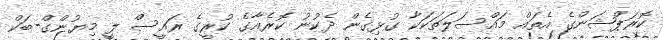
ކޮރަޕްޝަންގެ އެތައް މައްސަލަތަކަކާ ގުޅިގެން ދެކުނު ކޮރެއާގެ ކުރީގެ ރައީސް ލީ މިޔުންގް-ބަކް